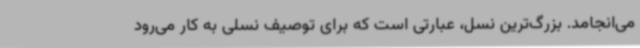
می‌انجامد. بزرگ‌ترین نسل، عبارتی است که برای توصیف نسلی به کار می‌رود